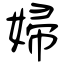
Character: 婦